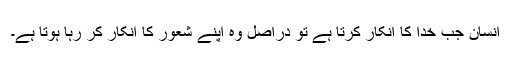
انسان جب خدا کا انکار کرتا ہے تو دراصل وہ اپنے شعور کا انکار کر رہا ہوتا ہے۔